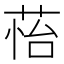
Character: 𦲀